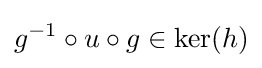
g^{-1}\circ u\circ g\in \operatorname {ker} (h)